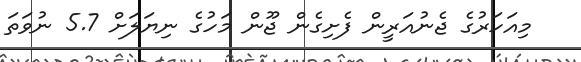
މިއަހަރުގެ ޖެނުއަރީން ފެށިގެން ޖޫން މަހުގެ ނިޔަލަށް 5.7 ނުވަތަ